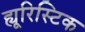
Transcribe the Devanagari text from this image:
ह्यूरिस्टिक